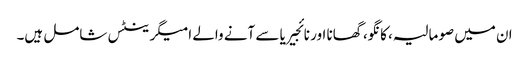
ان میں صومالیہ، کانگو، گھانا اور نائجیریا سے آنے والے امیگرینٹس شامل ہیں۔